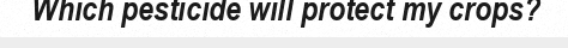
Which pesticide will protect my crops?